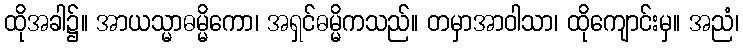
ထိုအခါ၌။ အာယသ္မာဓမ္မိကော၊ အရှင်ဓမ္မိကသည်။ တမှာအာဝါသာ၊ ထိုကျောင်းမှ။ အညံ၊